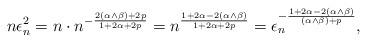
LaTeX: \begin{align*}n\epsilon_n^2 = n\cdot n^{-\frac{2(\alpha \wedge \beta)+2p}{1+2\alpha+2p}} = n^{\frac{1+2\alpha - 2(\alpha \wedge \beta)}{1+2\alpha+2p}}= \epsilon_n^{-\frac{1+2\alpha-2(\alpha\wedge\beta)}{(\alpha\wedge\beta)+p}}, \end{align*}